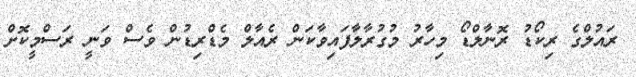
ރައުލްގެ ރިކޯޑު ރޮނާލްޑޯ މިހާރު މުގުރާލާފައިވާކަން ރެއާލް މެޑްރިޑުން ވެސް ވަނީ ރަސްމީކޮށް